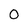
Character: 0